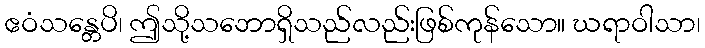
ဧဝံသန္တေပိ၊ ဤသို့သဘောရှိသည်လည်းဖြစ်ကုန်သော။ ဃရာဝါသာ၊